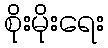
စိုးမိုးရေး